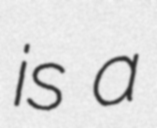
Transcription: is a